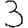
Digit: 3